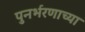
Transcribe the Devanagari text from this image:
पुनर्भरणाच्या